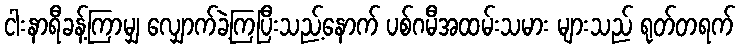
ငါးနာရီခန့်ကြာမျှ လျှောက်ခဲ့ကြပြီးသည့်နောက် ပစ်ဂမီအထမ်းသမား များသည် ရုတ်တရက်